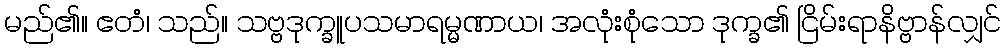
မည်၏။ ဧတံ၊ သည်။ သဗ္ဗဒုက္ခူပသမာရမ္မဏာယ၊ အလုံးစုံသော ဒုက္ခ၏ ငြိမ်းရာနိဗ္ဗာန်လျှင်